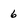
Character: 6